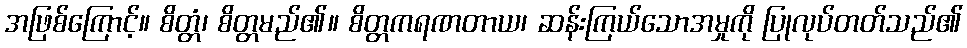
အဖြစ်ကြောင့်။ စိတ္တံ၊ စိတ္တမည်၏။ စိတ္တကရဏတာယ၊ ဆန်းကြယ်သောအမှုကို ပြုလုပ်တတ်သည်၏